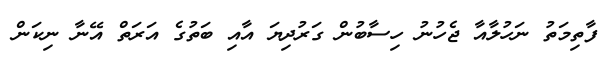
ފާތިމަތު ނަހުލާއާ ޖެހުނު ހިސާބުން ގަރުދިޔަ އާއި ބަތުގެ އަރަތް އޭނާ ނިކަން